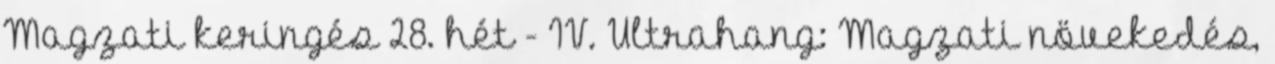
Magzati keringés 28. hét - IV. Ultrahang: Magzati növekedés,